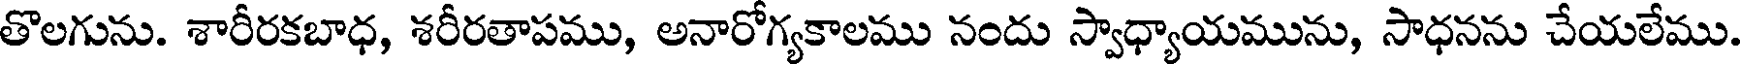
తొలగును. శారీరకబాధ, శరీరతాపము, అనారోగ్యకాలము నందు స్వాధ్యాయమును, సాధనను చేయలేము.